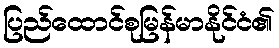
ပြည်ထောင်စုမြန်မာနိုင်ငံ၏